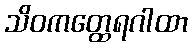
သိဝကတ္ထေရဂါထာ